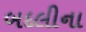
બદલીના